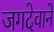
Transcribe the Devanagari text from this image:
जगदेवाने